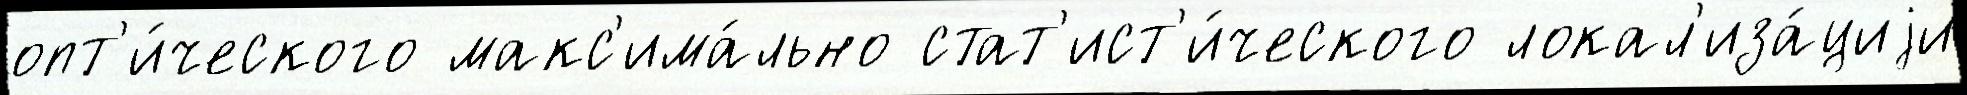
опт'и́ческого макс'има́льно стат'ист'и́ческого локал'иза́циjи